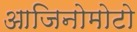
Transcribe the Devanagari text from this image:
आजिनोमोटो